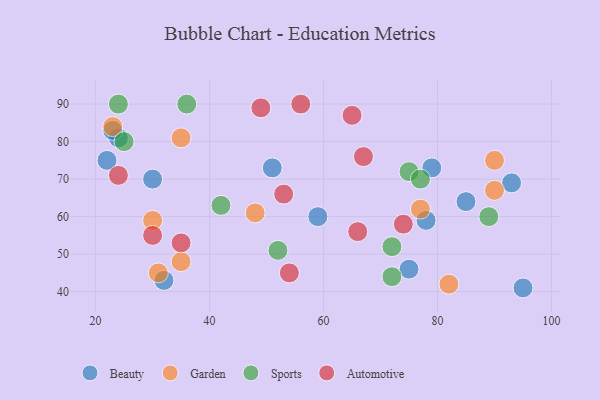
{"axis": {"x": "GDP", "y": "Life Expectancy"}, "legend": ["Automotive", "Beauty", "Garden", "Sports"], "data": [{"x": "59", "y": 60, "type": "Beauty"}, {"x": "22", "y": 75, "type": "Beauty"}, {"x": "85", "y": 64, "type": "Beauty"}, {"x": "95", "y": 41, "type": "Beauty"}, {"x": "24", "y": 81, "type": "Beauty"}, {"x": "79", "y": 73, "type": "Beauty"}, {"x": "30", "y": 70, "type": "Beauty"}, {"x": "51", "y": 73, "type": "Beauty"}, {"x": "93", "y": 69, "type": "Beauty"}, {"x": "32", "y": 43, "type": "Beauty"}, {"x": "75", "y": 46, "type": "Beauty"}, {"x": "78", "y": 59, "type": "Beauty"}, {"x": "23", "y": 83, "type": "Beauty"}, {"x": "77", "y": 62, "type": "Garden"}, {"x": "23", "y": 84, "type": "Garden"}, {"x": "48", "y": 61, "type": "Garden"}, {"x": "82", "y": 42, "type": "Garden"}, {"x": "30", "y": 59, "type": "Garden"}, {"x": "31", "y": 45, "type": "Garden"}, {"x": "90", "y": 75, "type": "Garden"}, {"x": "35", "y": 48, "type": "Garden"}, {"x": "90", "y": 67, "type": "Garden"}, {"x": "35", "y": 81, "type": "Garden"}, {"x": "72", "y": 44, "type": "Sports"}, {"x": "89", "y": 60, "type": "Sports"}, {"x": "24", "y": 90, "type": "Sports"}, {"x": "25", "y": 80, "type": "Sports"}, {"x": "52", "y": 51, "type": "Sports"}, {"x": "72", "y": 52, "type": "Sports"}, {"x": "75", "y": 72, "type": "Sports"}, {"x": "36", "y": 90, "type": "Sports"}, {"x": "42", "y": 63, "type": "Sports"}, {"x": "77", "y": 70, "type": "Sports"}, {"x": "66", "y": 56, "type": "Automotive"}, {"x": "53", "y": 66, "type": "Automotive"}, {"x": "56", "y": 90, "type": "Automotive"}, {"x": "35", "y": 53, "type": "Automotive"}, {"x": "30", "y": 55, "type": "Automotive"}, {"x": "67", "y": 76, "type": "Automotive"}, {"x": "54", "y": 45, "type": "Automotive"}, {"x": "49", "y": 89, "type": "Automotive"}, {"x": "65", "y": 87, "type": "Automotive"}, {"x": "74", "y": 58, "type": "Automotive"}, {"x": "24", "y": 71, "type": "Automotive"}]}